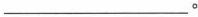
___。